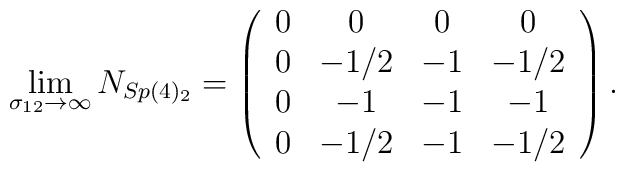
\lim_{\sigma _{12}\rightarrow \infty }N_{Sp(4)_{2}}=\left( \begin{array}{cccc}0 & 0 & 0 & 0 \\ 0 & -1/2 & -1 & -1/2 \\ 0 & -1 & -1 & -1 \\ 0 & -1/2 & -1 & -1/2\end{array}\right) .